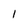
Character: l